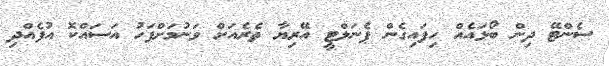
ސެންޓޭ ދިން ބޯޅައެއް ހިފައިގެން ޕެނަލްޓީ އޭރިޔާ ތެރެއަށް ވަނުމަށްފަހު އަސައްކޮ އުފެއްދި